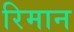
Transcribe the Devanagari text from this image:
रिमान